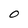
Character: 0